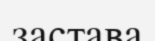
застава